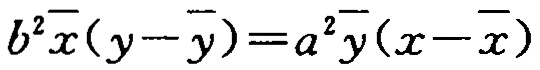
\(b^{2}\overline{x}(y - \overline{y}) = a^{2}\overline{y}(x - \overline{x})\)